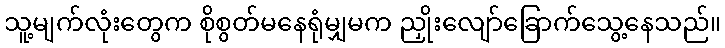
သူ့မျက်လုံးတွေက စိုစွတ်မနေရုံမျှမက ညှိုးလျော်ခြောက်သွေ့နေသည်။